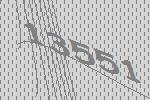
13551